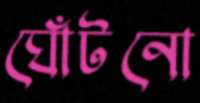
ঘোঁটনো